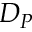
D _ { P }